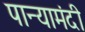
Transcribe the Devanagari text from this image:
पान्यामंदी